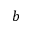
b